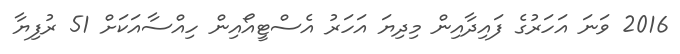
2016 ވަނަ އަހަރުގެ ފައިދާއިން މިިދިޔަ އަހަރު އެސްޓީއޯއިން ހިއްސާއަކަށް 51 ރުފިޔާ